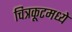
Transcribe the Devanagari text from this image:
चित्रकूटमध्ये